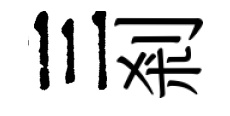
三剎